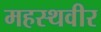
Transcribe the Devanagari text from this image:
महस्थवीर